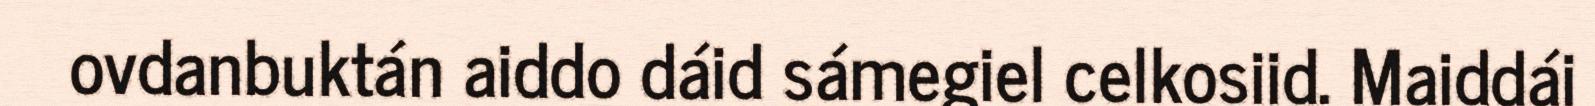
ovdanbuktán aiddo dáid sámegiel celkosiid. Maiddái